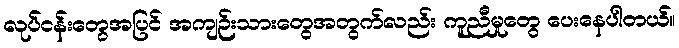
လုပ်ငန်းတွေအပြင် အကျဉ်းသားတွေအတွက်လည်း ကူညီမှုတွေ ပေးနေပါတယ်။